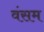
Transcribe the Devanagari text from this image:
वंसम